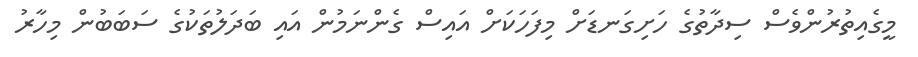
މީގެއިތުރުންވެސް ސިދާތުގެ ހަށިގަނޑަށް މިފަހަކަށް އައިސް ގެންނަމުން އައި ބަދަލުތަކުގެ ސަބަބުން މިހާރު